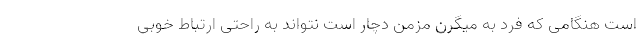
است هنگامی که فرد به میگرن مزمن دچار است نتواند به راحتی ارتباط خوبی